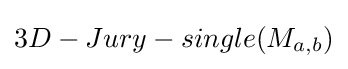
3D-Jury-single(M_{a,b})